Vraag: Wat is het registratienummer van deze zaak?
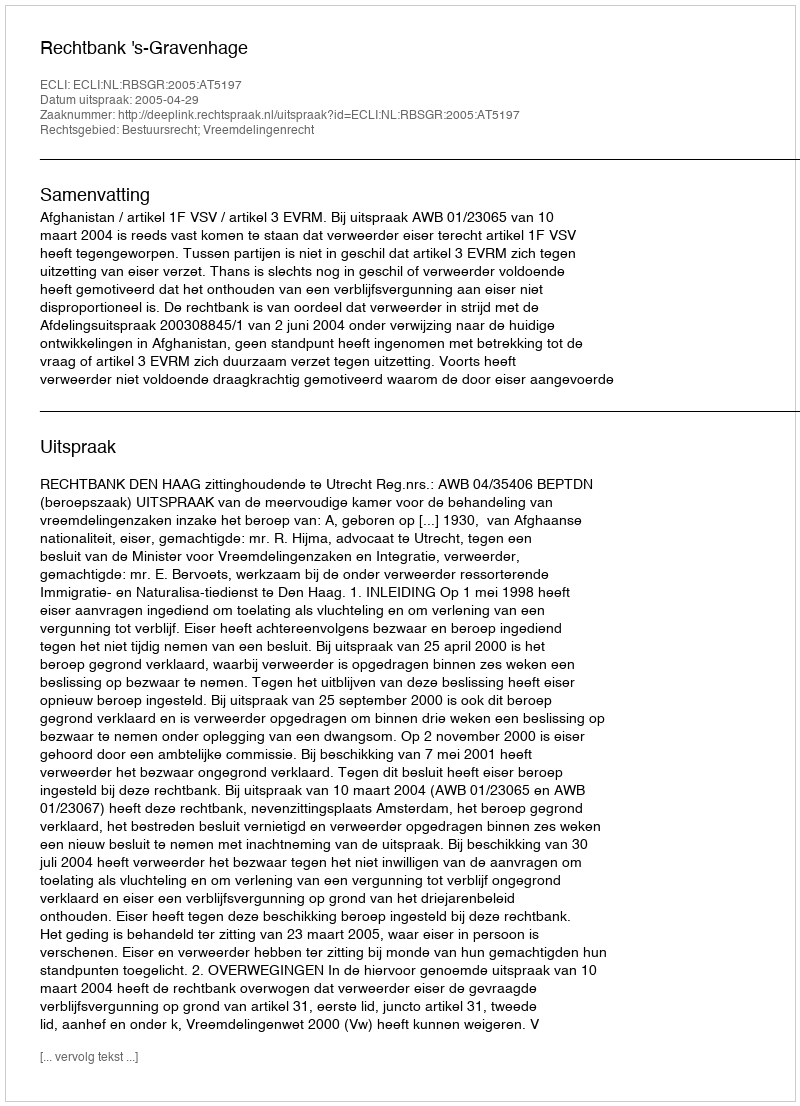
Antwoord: http://deeplink.rechtspraak.nl/uitspraak?id=ECLI:NL:RBSGR:2005:AT5197